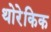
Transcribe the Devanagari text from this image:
थोरेकिक